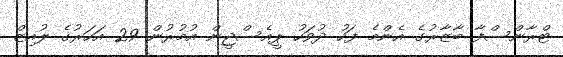
ޓްރާންސްފާ ބާޒާރުގެ އެންމެ ފަހު ދުވަހު ޕީއެސްޖީން އުމުރުން 29 އަހަރުގެ ލުއިޒް